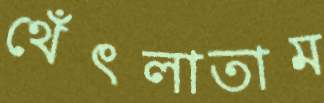
থেঁৎলাতাম